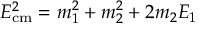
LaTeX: E _ { \mathrm { c m } } ^ { 2 } = m _ { 1 } ^ { 2 } + m _ { 2 } ^ { 2 } + 2 m _ { 2 } E _ { 1 }